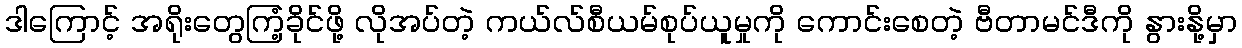
ဒါကြောင့် အရိုးတွေကြံ့ခိုင်ဖို့ လိုအပ်တဲ့ ကယ်လ်စီယမ်စုပ်ယူမှုကို ကောင်းစေတဲ့ ဗီတာမင်ဒီကို နွားနို့မှာ